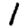
Digit: 1